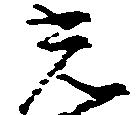
光